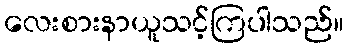
လေးစားနာယူသင့်ကြပါသည်။